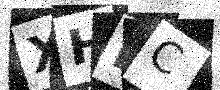
Text: XHDC